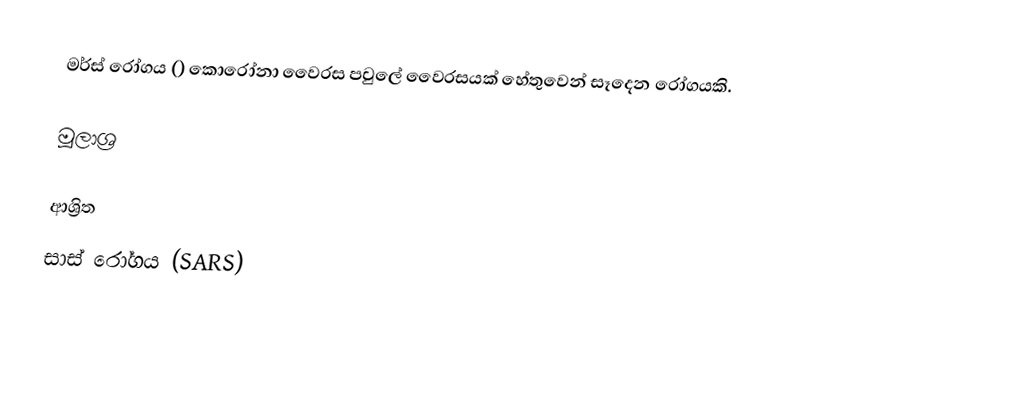
මර්ස් රෝගය () කොරෝනා වෛරස පවුලේ වෛරසයක් හේතුවෙන් සෑදෙන රෝගයකි.

මූලාශ්‍ර

ආශ්‍රිත
 සාස් රෝගය (SARS)